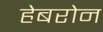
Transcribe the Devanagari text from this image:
हेबरोन